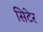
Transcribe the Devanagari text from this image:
सिटेर